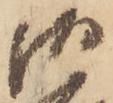
御